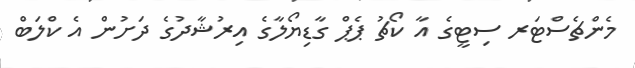
މެންޗެސްޓަރ ސިޓީގެ އާ ކޯޗު ޕެޕް ގާޑިޔޯލާގެ އިރުޝާދުގެ ދަށުން އެ ކްލަބް